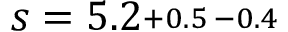
s = 5 . 2 \substack { + 0 . 5 \, - 0 . 4 }